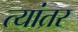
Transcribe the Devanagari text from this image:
त्यांतर